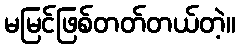
မမြင်ဖြစ်တတ်တယ်တဲ့။